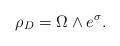
LaTeX: \begin{align*}\rho_{D}=\Omega\wedge e^{\sigma}.\end{align*}